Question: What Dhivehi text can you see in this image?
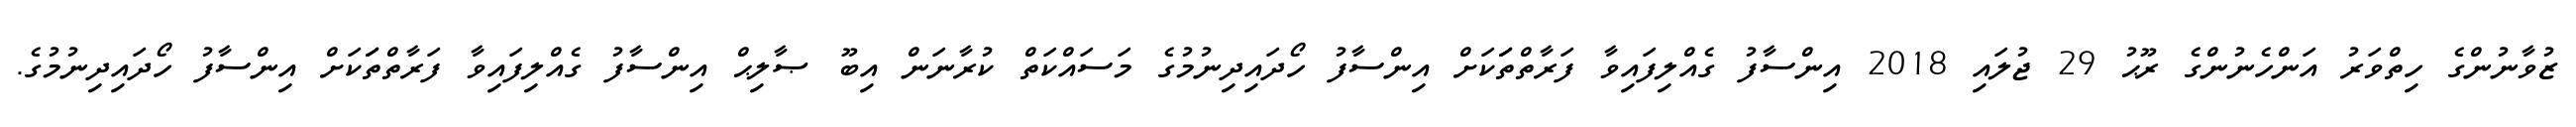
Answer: ޒުވާނުންގެ ހިތްވަރު އަންހެނުންގެ ރޫޙު 29 ޖުލައި 2018 އިންސާފު ގެއްލިފައިވާ ފަރާތްތަަކަށް އިންސާފު ހޯދައިދިނުމުގެ މަސައްކަތް ކުރާނަން އިބޫ ޞާލިޙް އިންސާފު ގެއްލިފައިވާ ފަރާތްތަަކަށް އިންސާފު ހޯދައިދިނުމުގެ.